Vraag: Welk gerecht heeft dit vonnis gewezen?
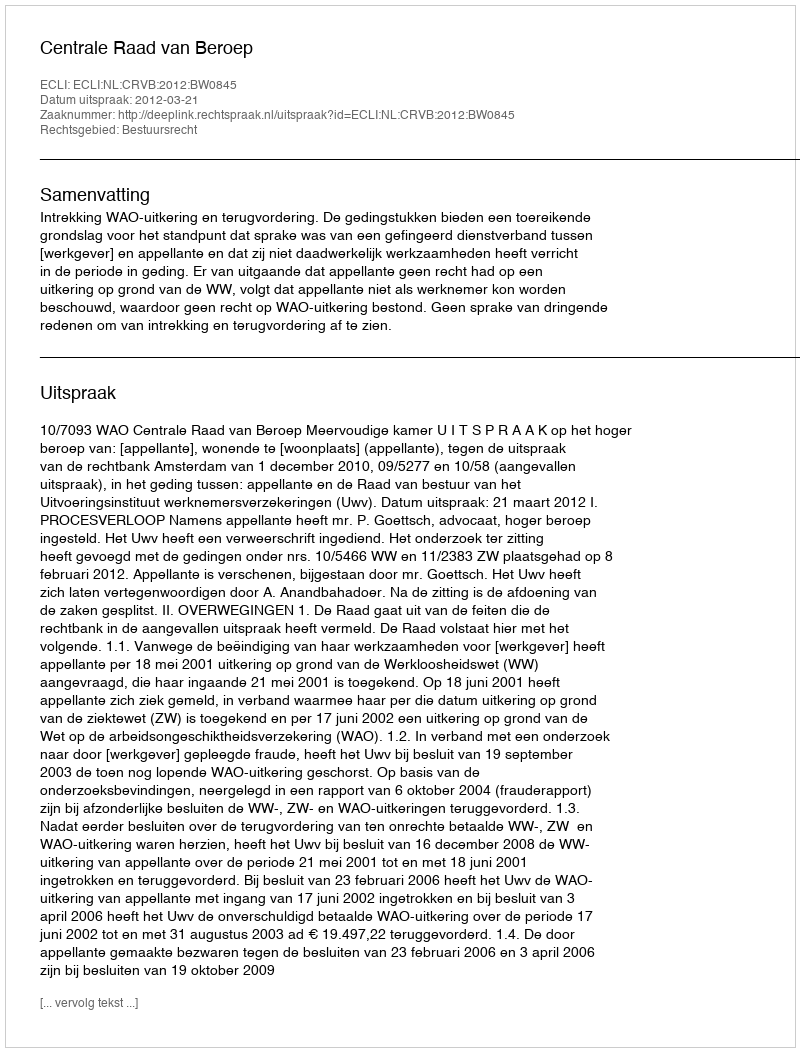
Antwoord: Centrale Raad van Beroep